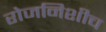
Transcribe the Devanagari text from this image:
रोजनिशीच